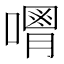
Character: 𠿥